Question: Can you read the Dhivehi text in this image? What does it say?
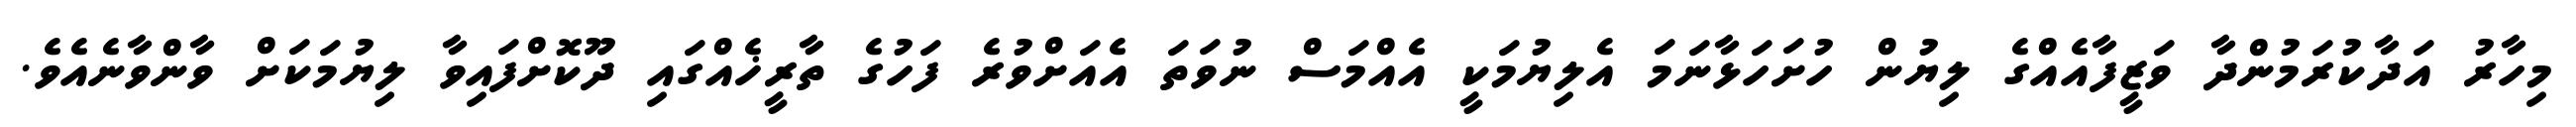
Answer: މިހާރު އަދާކުރަމުންދާ ވަޒީފާއެއްގެ ލިޔުން ހުށަހަޅާނަމަ އެލިޔުމަކީ އެއްމަސް ނުވަތަ އެއަށްވުރެ ފަހުގެ ތާރީޚެއްގައި ދޫކޮށްފައިވާ ލިޔުމަކަށް ވާންވާނެއެވެ.